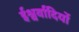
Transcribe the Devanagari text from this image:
ईश्वर्वादियों